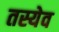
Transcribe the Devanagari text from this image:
तस्येव